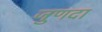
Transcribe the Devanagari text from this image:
जुणदा